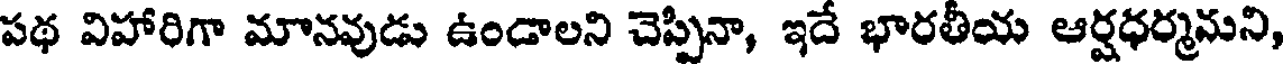
పథ విహారిగా మానవుడు ఉండాలని చెప్పినా, ఇదే భారతీయ ఆర్షధర్మమని,